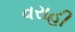
વરાહી